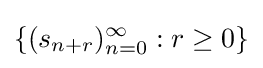
\left\{(s_{n+r})_{n=0}^{\infty }:r\geq 0\right\}